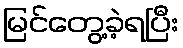
မြင်တွေ့ခဲ့ရပြီး